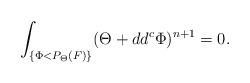
LaTeX: \begin{align*}\int_{\{\Phi<P_{\Theta}(F)\}}(\Theta+dd^c \Phi)^{n+1}=0.\end{align*}